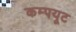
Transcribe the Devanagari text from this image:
कम्पयूट